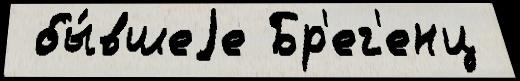
 бы́вшеjе Бр'ег'енц